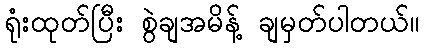
ရုံးထုတ်ပြီး စွဲချအမိန့် ချမှတ်ပါတယ်။